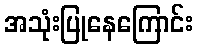
အသုံးပြုနေကြောင်း